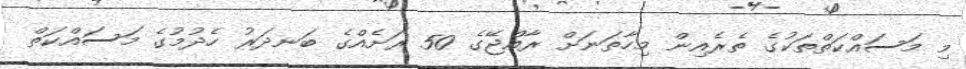
މި މަސައްކަތްތަކުގެ ތެރެއިން މިހާތަނަށް ރާއްޖޭގެ 50 ރަަށެއްގެ ބަނދަރު ހެދުމުގެ މަސައްކަތް